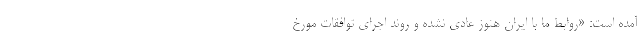
آمده است: «روابط ما با ایران هنوز عادی نشده و روند اجرای توافقات مورخ